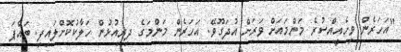
"އަހަރެން ވިހެއީއްސުރެ މަންމައަަށް ވަރަށް އުދަގޫވޭ. އަހަރެން މަންމަގެ ދިރިއުޅުން ހަލާކުކޮށްލައިފި. ބައްޕަ